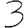
Digit: 3